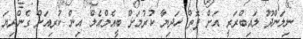
ނިލަންދޫ ލައިބްރަރީ އަށް ފޮތް ހަދިޔާ ކުރުމަށް ބީއެމްއެލް އިން ކުރިއަށް ގެންދިޔަ